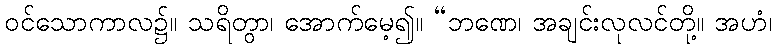
ဝင်သောကာလ၌။ သရိတွာ၊ အောက်မေ့၍။ “ဘဏေ၊ အချင်းလုလင်တို့။ အဟံ၊